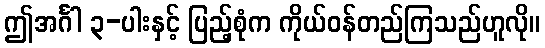
ဤအင်္ဂါ ၃-ပါးနှင့် ပြည့်စုံက ကိုယ်ဝန်တည်ကြသည်ဟူလို။